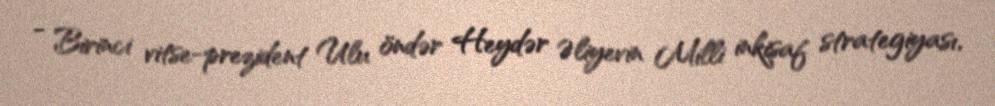
- Birinci vitse-prezident Ulu öndər Heydər Əliyevin Milli inkişaf strategiyası,